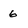
Character: 6